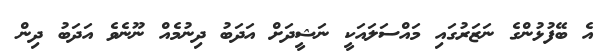
އެ ބޭފުޅުންގެ ނަޒަރުގައި މައްސަލައަކީ ނަޝީދަށް އަދަބު ދިނުމެއް ނޫނެވެ އަދަބު ދިން